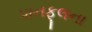
પાનફૂલના